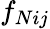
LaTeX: f_{Nij}